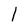
Character: l